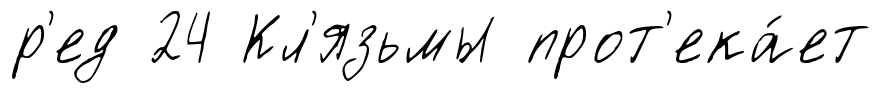
р'ед 24 Кл'язьмы прот'ека́ет